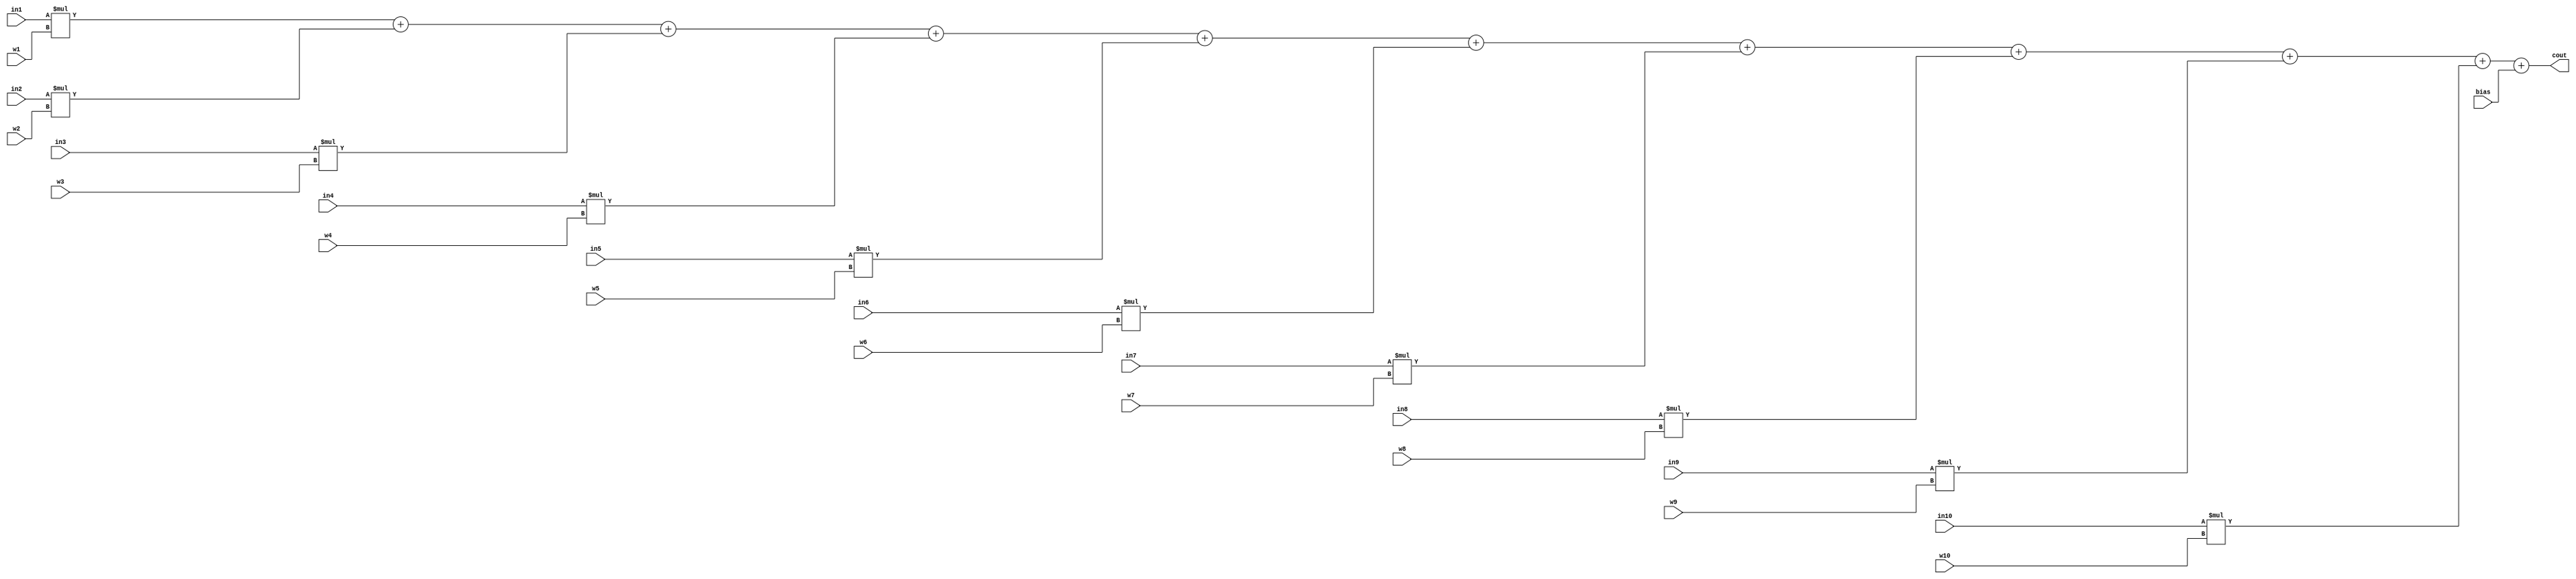
`timescale 1ns / 1ps
//////////////////////////////////////////////////////////////////////////////////
// Company: 
// Engineer: 
// 
// Design Name: 
// Module Name: neuron_10
// Project Name: 
// Target Devices: 
// Tool Versions: 
// Description: 
// 
// Dependencies: 
// 
// Revision:
// Revision 0.01 - File Created
// Additional Comments:
// 
//////////////////////////////////////////////////////////////////////////////////


module neuron_10(in1,in2,in3,in4,in5,in6,in7,in8,in9,in10,w1,w2,w3,w4,w5,w6,w7,w8,w9,w10,bias,cout);

input signed [15:0] in1,in2,in3,in4,in5,in6,in7,in8,in9,in10;
input signed [7:0] w1,w2,w3,w4,w5,w6,w7,w8,w9,w10,bias;
output signed [31:0] cout;

assign cout = ((in1*w1)+(in2*w2)+(in3*w3)+(in4*w4)+(in5*w5)+(in6*w6)+(in7*w7)+(in8*w8)+(in9*w9)+(in10*w10)+bias);

endmodule